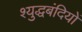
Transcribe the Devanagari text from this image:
श्युद्धबंदियों